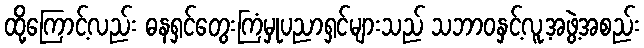
ထို့ကြောင့်လည်း ဓနရှင်တွေးကြံမှုပညာရှင်များသည် သဘာဝနှင့်လူ့အဖွဲ့အစည်း